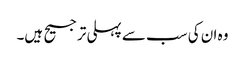
وہ ان کی سب سے پہلی ترجیح ہیں۔